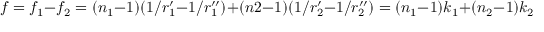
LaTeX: f = f _ { 1 } - f _ { 2 } = ( n _ { 1 } - 1 ) ( 1 / r _ { 1 } ^ { \prime } - 1 / r _ { 1 } ^ { \prime \prime } ) + ( n 2 - 1 ) ( 1 / r _ { 2 } ^ { \prime } - 1 / r _ { 2 } ^ { \prime \prime } ) = ( n _ { 1 } - 1 ) k _ { 1 } + ( n _ { 2 } - 1 ) k _ { 2 }